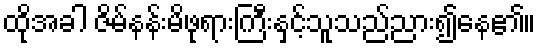
ထိုအခါ ဇိမ်နန်းမိဖုရားကြီးနှင့်သူသည်ညား၍နေ၏။